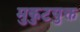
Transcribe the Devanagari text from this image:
मुकुटयुक्त